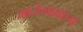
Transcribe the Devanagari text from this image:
मालेगावाचा